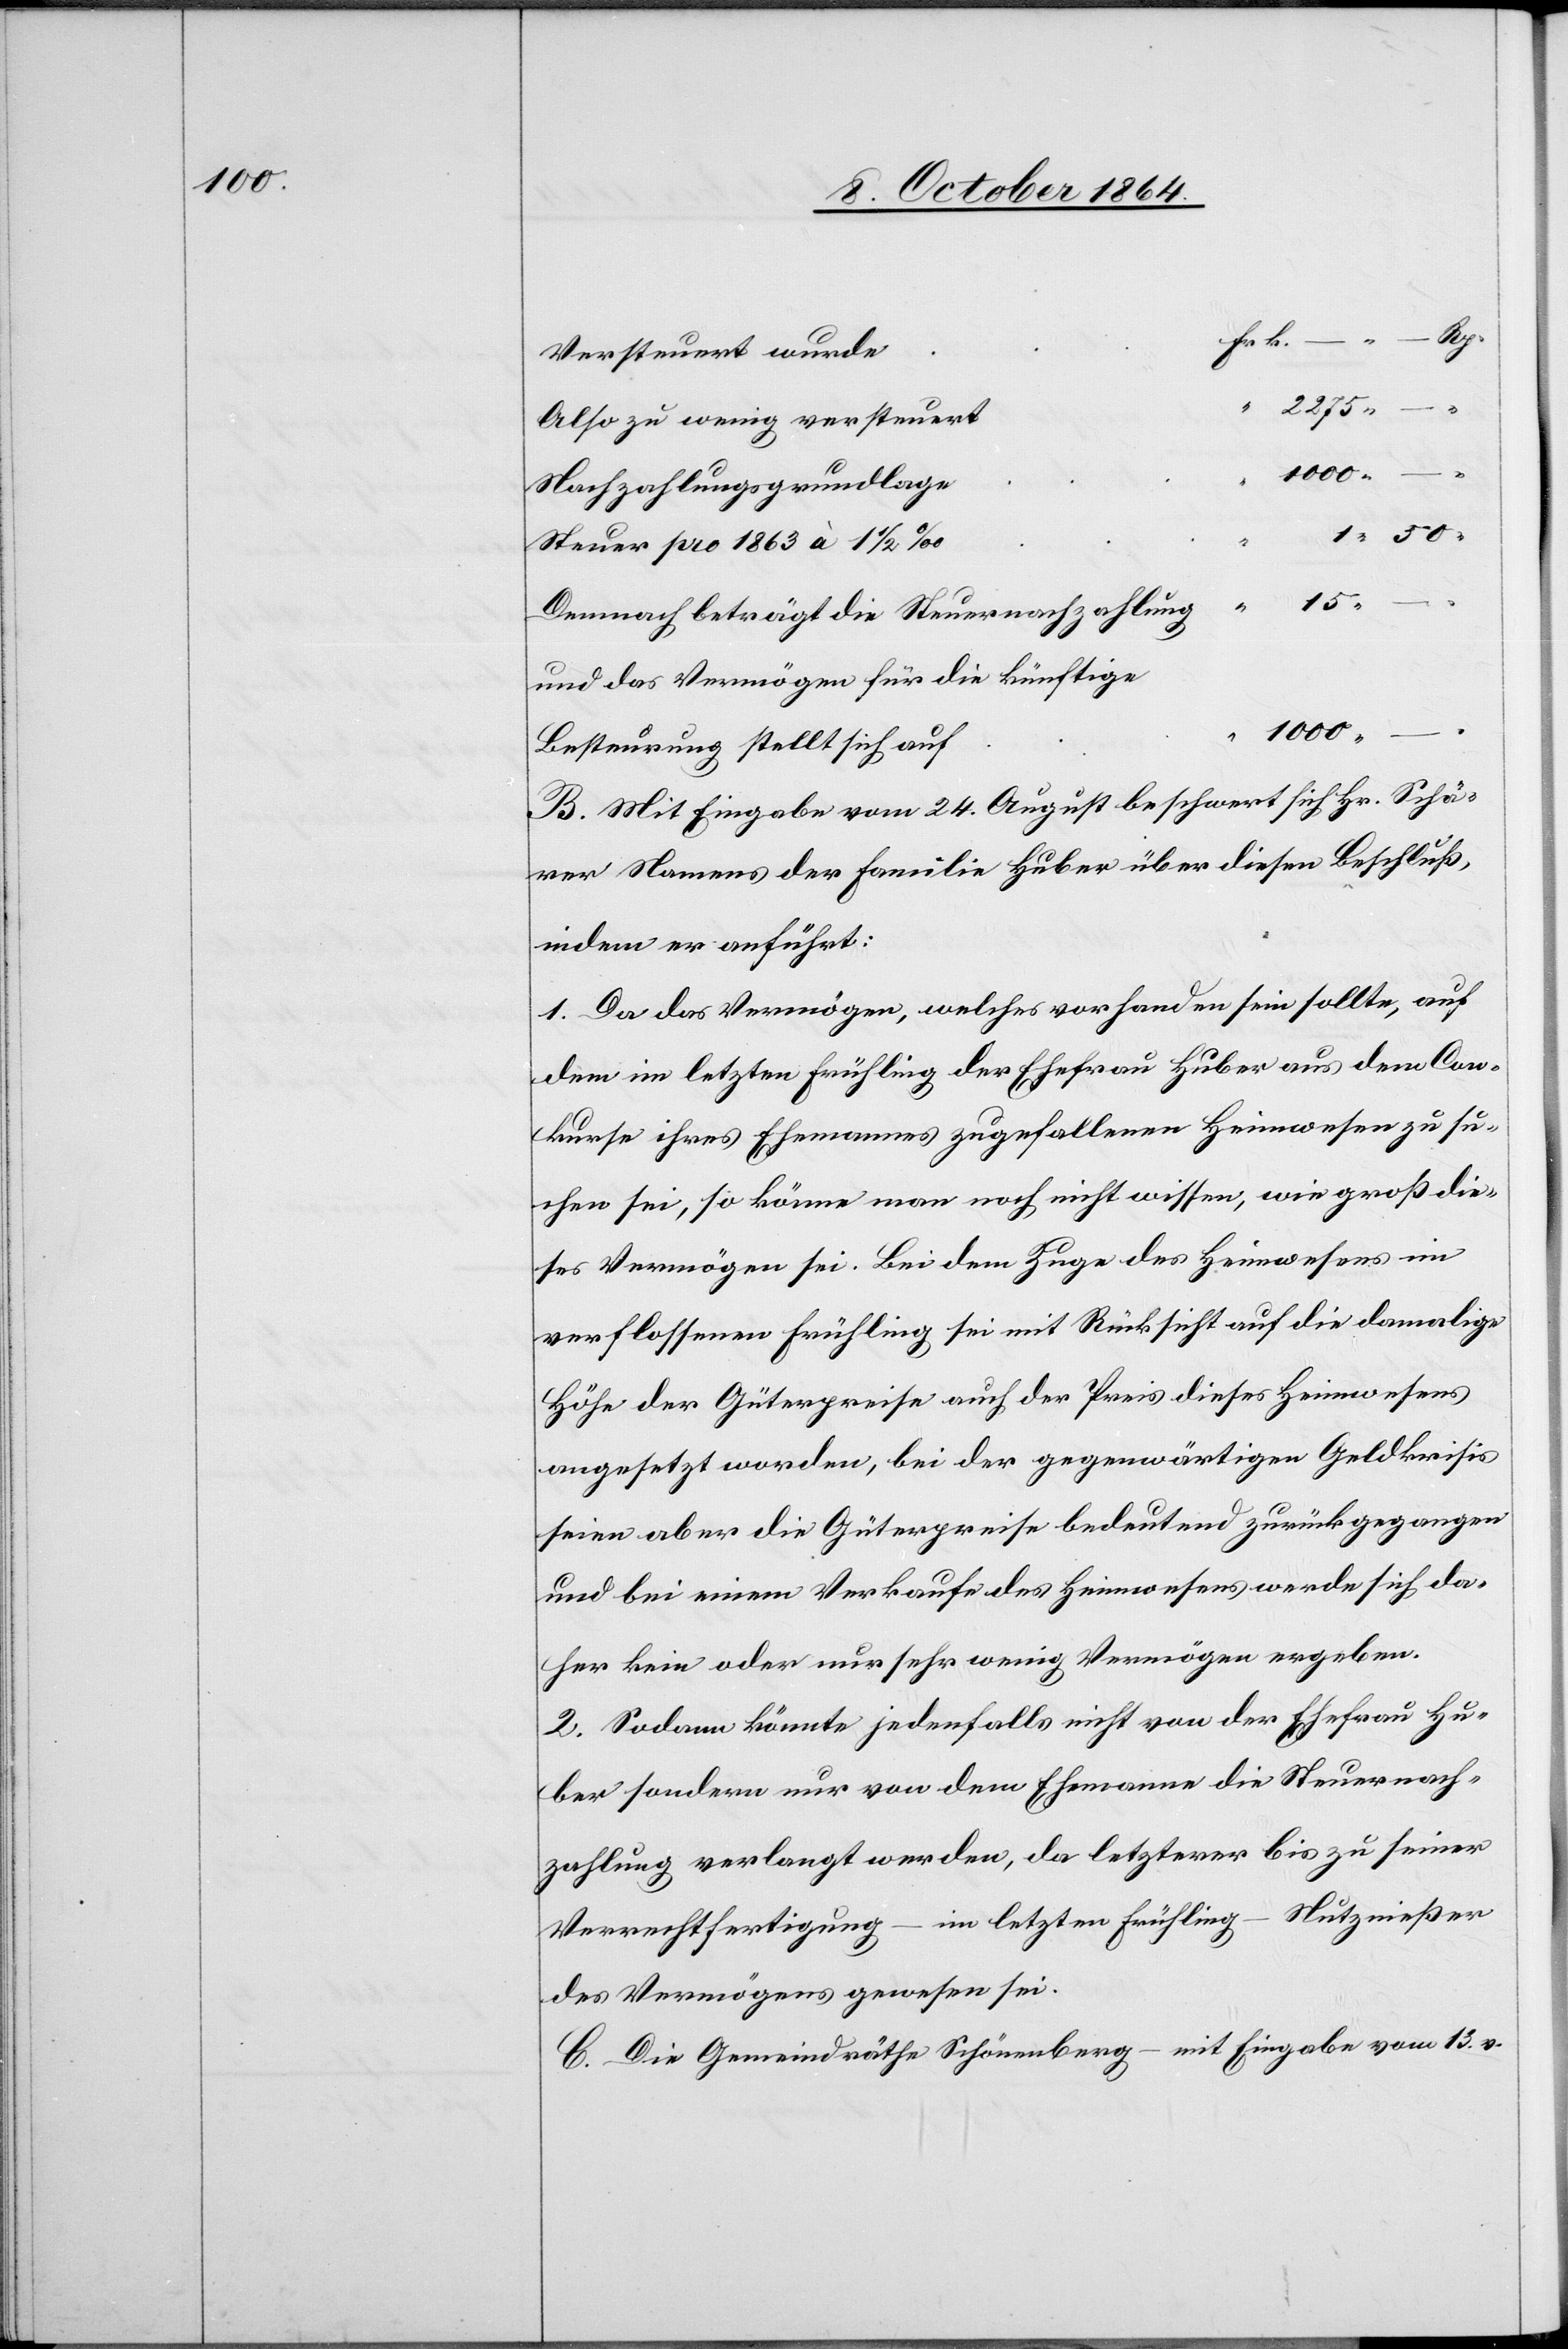
Versteuert wurde
Also zu wenig versteuert
1 000. –
Nachzahlungsgrundlage
1 000.
Steuer pro 1863 à 1 1/2 ‰
Demnach beträgt die Steuernachzahlung
und das Vermögen für die künftige
Besteurung stellt sich auf
B. Mit Eingabe vom 24. August beschwert sich Hr. Schär¬
rer Namens der Familie Huber über diesen Beschluß,
indem er anfügt:
1. Da das Vermögen, welches vorhanden sein sollte, auf
dem im letzten Frühling der Ehefrau Huber aus dem Con¬
kurse ihres Ehemannes zugefallenen Heimwesen zu su¬
chen sei, so könne man noch nicht wissen, wie groß die¬
ses Vermögen sei. Bei dem Zuge des Heimwesens im
verflossenen Frühling sei mit Rücksicht auf die damalige
Höhe der Güterpreise auch der Preis dieses Heimwesens
angesetzt worden, bei der gegenwärtigen Geldkrisis
seien aber die Güterpreise bedeutend zurückgegangen
und bei einem Verkaufe des Heimwesens werde sich da¬
her kein oder nur sehr wenig Vermögen ergeben.
2. Sodann könnte jedenfalls nicht von der Ehefrau Hu¬
ber sondern nur von dem Ehemanne die Steuernach¬
zahlung verlangt werden, da letzterer bis zu seiner
Verrechtfertigung – im letzten Frühling – Nutznießer
des Vermögens gewesen sei.
C. Die Gemeindräthe Schönenberg – mit Eingabe vom 13. v.